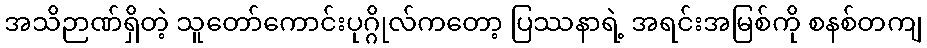
အသိဉာဏ်ရှိတဲ့ သူတော်ကောင်းပုဂ္ဂိုလ်ကတော့ ပြဿနာရဲ့ အရင်းအမြစ်ကို စနစ်တကျ